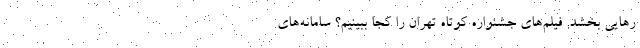
رهایی بخشد. فیلم‌های جشنواره کوتاه تهران را کجا ببینیم؟ سامانه‌های